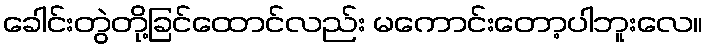
ခေါင်းတွဲတို့ခြင်ထောင်လည်း မကောင်းတော့ပါဘူးလေ။